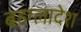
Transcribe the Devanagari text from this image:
बहग्लादेश